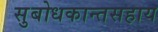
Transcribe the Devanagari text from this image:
सुबोधकान्तसहाय